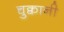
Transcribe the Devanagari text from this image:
चुक्वानी